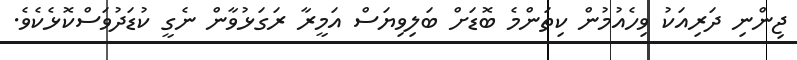
ޖިންނި ދަރިއަކު ވިހެއުމުން ކިތަންމެ ބޮޑަށް ބަލިވިޔަސް އަމީރާ ރަގަޅުވާން ނެގީ ކުޑަދުވަސްކޮޅެކެވެ.